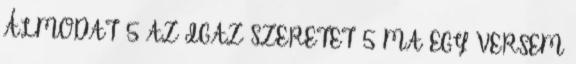
ÁLMODAT 5 AZ IGAZ SZERETET 5 MA EGY VERSEM